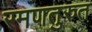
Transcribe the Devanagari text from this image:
रमणतुरुत